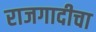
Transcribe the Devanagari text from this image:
राजगादीचा